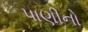
પાણીનો